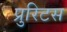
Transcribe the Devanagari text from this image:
प्रुरिटस